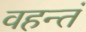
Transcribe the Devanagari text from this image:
वहन्तं